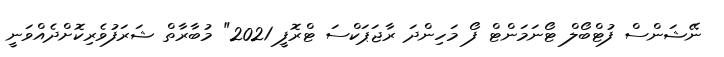
ނޭޝަންސް ފުޓްބޯލް ޓޯނަމަންޓް ފޯ މަހިންދަ ރާޖަޕަކްސަ ޓްރޮފީ 2021" މުބާރާތް ޝަރަފުވެރިކޮށްދެއްވަނީ